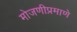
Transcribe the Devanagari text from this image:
मोजणीप्रमाणे